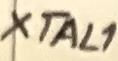
Text: XTAL1